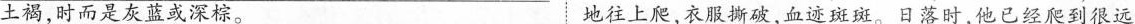
土褐，时而是灰蓝或深棕。 地往上爬，衣服撕破，血迹斑斑。日落时，他已经爬到很远